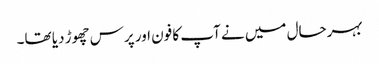
بہرحال میں نے آپ کا فون اور پرس چھوڑ دیا تھا۔